Vaccination in Bombay 1863-1868 - 1863-1868
Year: 1863
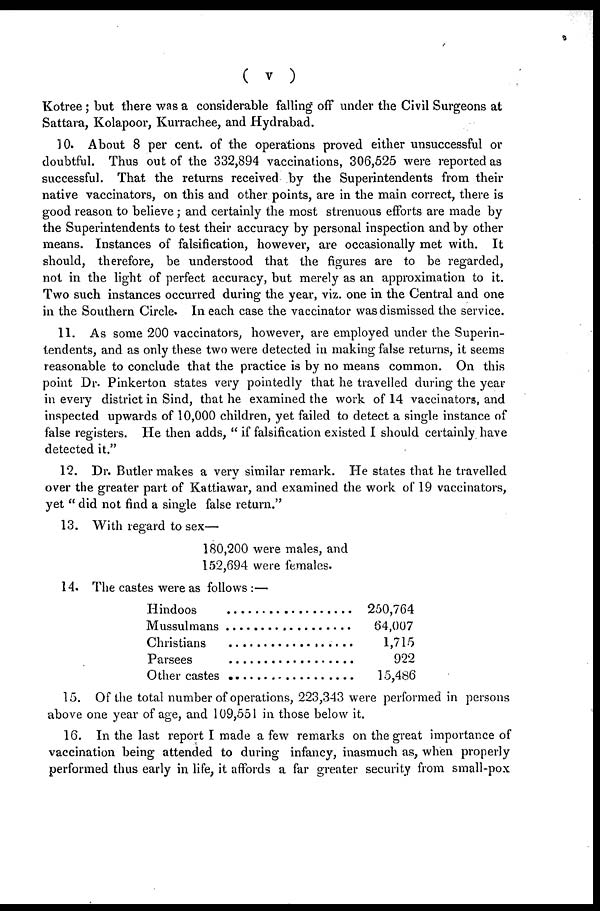
( v )
Kotree ; but there was a considerable falling off under the Civil Surgeons at
Sattara, Kolapoor, Kurrachee, and Hydrabad.
10. About 8 per cent. of the operations proved either unsuccessful or
doubtful. Thus out of the 332,894 vaccinations, 306,525 were reported as
successful. That the returns received by the Superintendents from their
native vaccinators, on this and other points, are in the main correct, there is
good reason to believe ; and certainly the most strenuous efforts are made by
the Superintendents to test their accuracy by personal inspection and by other
means. Instances of falsification, however, are occasionally met with. It
should, therefore, be understood that the figures are to be regarded,
not in the light of perfect accuracy, but merely as an approximation to it.
Two such instances occurred during the year, viz. one in the Central and one
in the Southern Circle. In each case the vaccinator was dismissed the service.
11. As some 200 vaccinators, however, are employed under the Superin-
tendents, and as only these two were detected in making false returns, it seems
reasonable to conclude that the practice is by no means common. On this
point Dr. Pinkerton states very pointedly that he travelled during the year
in every district in Sind, that he examined the work of 14 vaccinators, and
inspected upwards of 10,000 children, yet failed to detect a single instance of
false registers. He then adds, " if falsification existed I should certainly have
detected it."
12. Dr. Butler makes a very similar remark. He states that he travelled
over the greater part of Kattiawar, and examined the work of 19 vaccinators,
yet " did not find a single false return."
13. With regard to sex—
180,200 were males, and
152,694 were females.
14. The castes were as follows :—
Hindoos . . . . . . . . . . . .
Mussulmans . . . . . . . . . . .
Christians . . . . . . . . . . .
Parsees . . . . . . . . . . .
Other castes . . . . . . . . . . .
250,764
64 007
1,715
922
15,486
15. Of the total number of operations, 223,343 were performed in persons
above one year of age, and 109,551 in those below it.
16. In the last report I made a few remarks on the great importance of
vaccination being attended to during infancy, inasmuch as, when properly
performed thus early in life, it affords a far greater security from small-pox